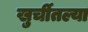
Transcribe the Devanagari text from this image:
खुर्चीतल्या